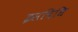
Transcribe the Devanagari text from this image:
इसविधि